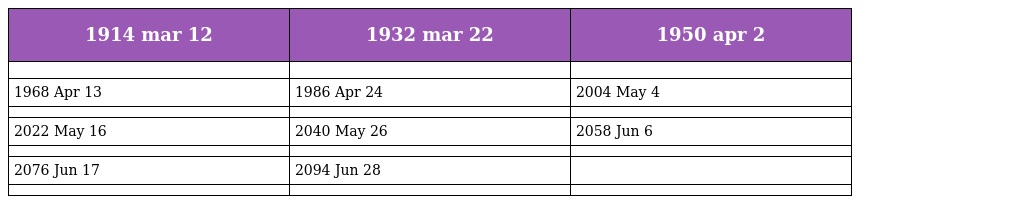
| 1914 mar 12 | 1932 mar 22 | 1950 apr 2 |
 | --- | --- | --- |
 |  |  |  |
 | 1968 Apr 13 | 1986 Apr 24 | 2004 May 4 |
 |  |  |  |
 | 2022 May 16 | 2040 May 26 | 2058 Jun 6 |
 |  |  |  |
 | 2076 Jun 17 | 2094 Jun 28 |  |
 |  |  |  |